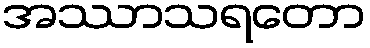
အဿာသရတော